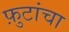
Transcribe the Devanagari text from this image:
फ़ुटांचा